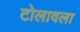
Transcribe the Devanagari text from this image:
टोलावला